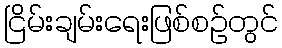
ငြိမ်းချမ်းရေးဖြစ်စဉ်တွင်